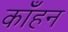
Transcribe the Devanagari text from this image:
काँहन